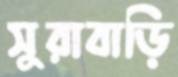
সুরাবাড়ি